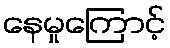
နေမှုကြောင့်